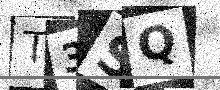
Text: T3SQ